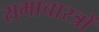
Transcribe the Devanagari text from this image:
समाचारत्रों